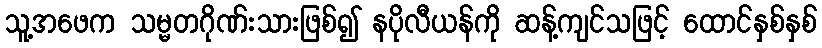
သူ့အဖေက သမ္မတဂိုဏ်းသားဖြစ်၍ နပိုလီယန်ကို ဆန့်ကျင်သဖြင့် ထောင်နှစ်နှစ်